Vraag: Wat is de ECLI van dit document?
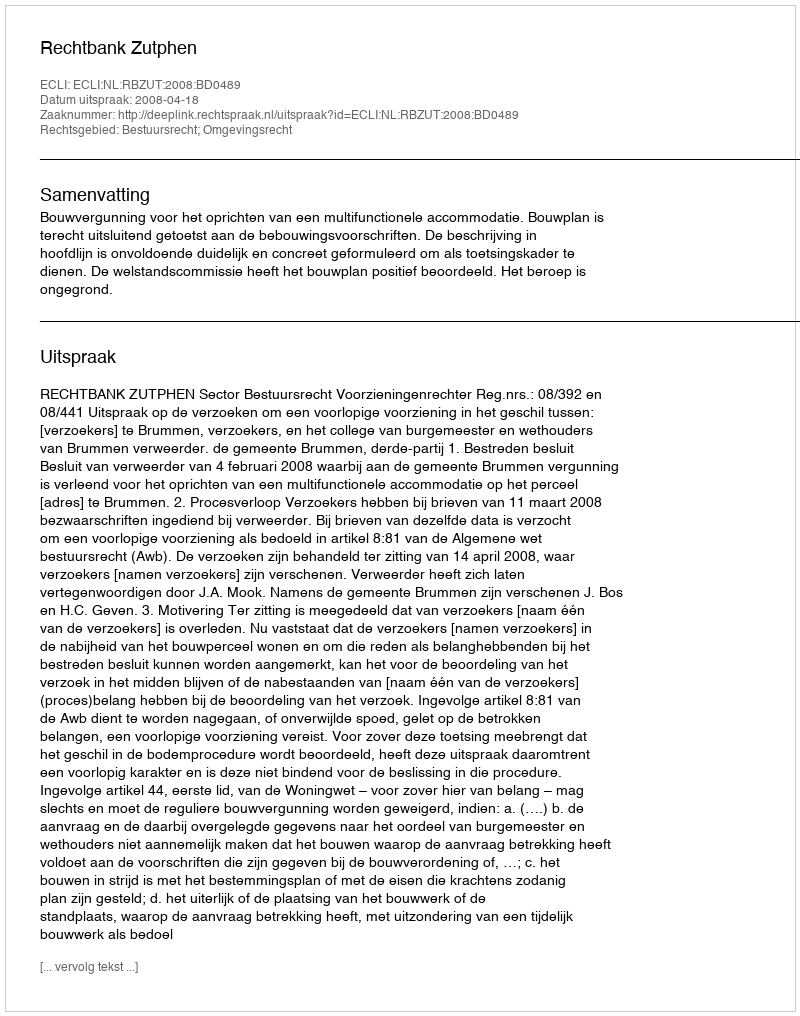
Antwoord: ECLI:NL:RBZUT:2008:BD0489